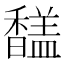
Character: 𩡚